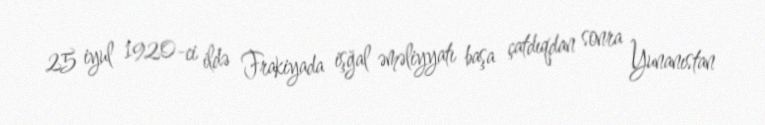
25 iyul 1920-ci ildə Frakiyada işğal əməliyyatı başa çatdıqdan sonra Yunanıstan